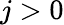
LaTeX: j>0